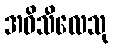
အဓိသီလေသု